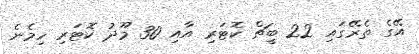
އޭގެ ތެރޭގައި 22 ބީޗް ކޮޓަރި އާއި 30 މޫދު ކޮޓަރި ހިމެނެ